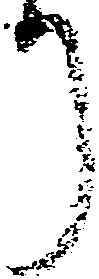
り